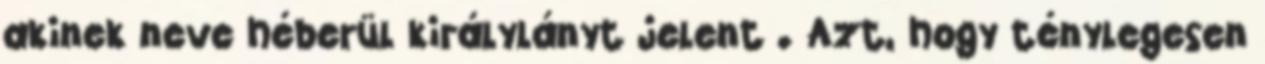
akinek neve héberül királylányt jelent . Azt, hogy ténylegesen